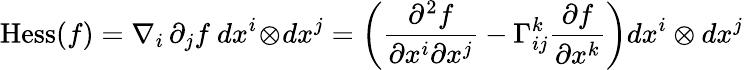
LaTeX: \operatorname{Hess}(f)=\nabla_{i}\, \partial_{j}f\ dx^{i}\! \otimes\! dx^{j}=\left({\frac{\partial^{2}f}{\partial x^{i}\partial x^{j}}}-\Gamma_{ij}^{k}{\frac{\partial f}{\partial x^{k}}}\right)dx^{i}\otimes dx^{j}